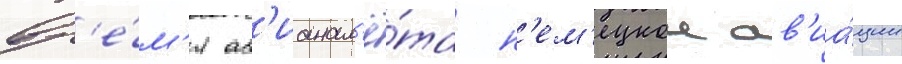
вр'е́м'я ав'ианал'ё́та н'ем'ецкои ав'иа́ции